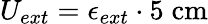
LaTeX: U_{ext}=\epsilon_{ext}\cdot 5\; \mathrm{cm}